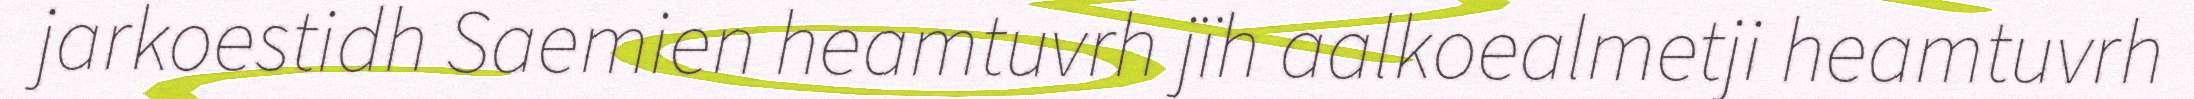
jarkoestidh Saemien heamtuvrh jïh aalkoealmetji heamtuvrh